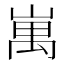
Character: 𡺥